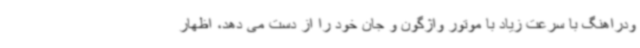
ودراهنگ با سرعت زیاد با موتور واژگون و جان خود را از دست می دهد، اظهار